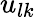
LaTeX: u_{lk}